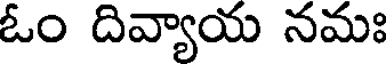
ఓం దివ్యాయ నమః